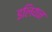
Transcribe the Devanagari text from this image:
इलियन